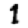
Digit: 1